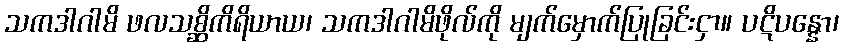
သကဒါဂါမိ ဖလသစ္ဆိကိရိယာယ၊ သကဒါဂါမိဖိုလ်ကို မျက်မှောက်ပြုခြင်းငှာ။ ပဋိပန္နော၊